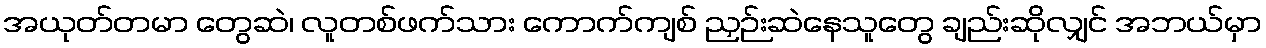
အယုတ်တမာ တွေဆဲ၊ လူတစ်ဖက်သား ကောက်ကျစ် ညှဉ်းဆဲနေသူတွေ ချည်းဆိုလျှင် အဘယ်မှာ